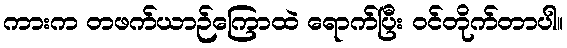
ကားက တဖက်ယာဉ်ကြောထဲ ရောက်ပြီး ဝင်တိုက်တာပါ။